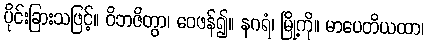
ပိုင်းခြားသဖြင့်။ ဝိဘဇိတွာ၊ ဝေဖန်၍။ နဂရံ၊ မြို့ကို။ မာပေတိယထာ၊